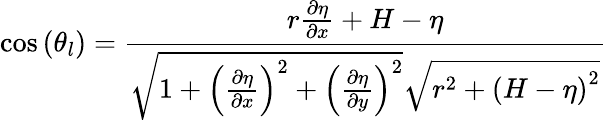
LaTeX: \cos\left(\theta_{l}\right)=\frac{r\frac{\partial\eta}{\partial x}+H-\eta}{\sqrt{1+\left(\frac{\partial\eta}{\partial x}\right)^{2}+\left(\frac{\partial\eta}{\partial y}\right)^{2}}\sqrt{r^{2}+\left(H-\eta\right)^{2}}}